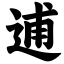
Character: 逋